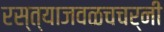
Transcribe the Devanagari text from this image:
रस्त्याजवळचचर्नी